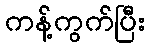
ကန့်ကွက်ပြီး